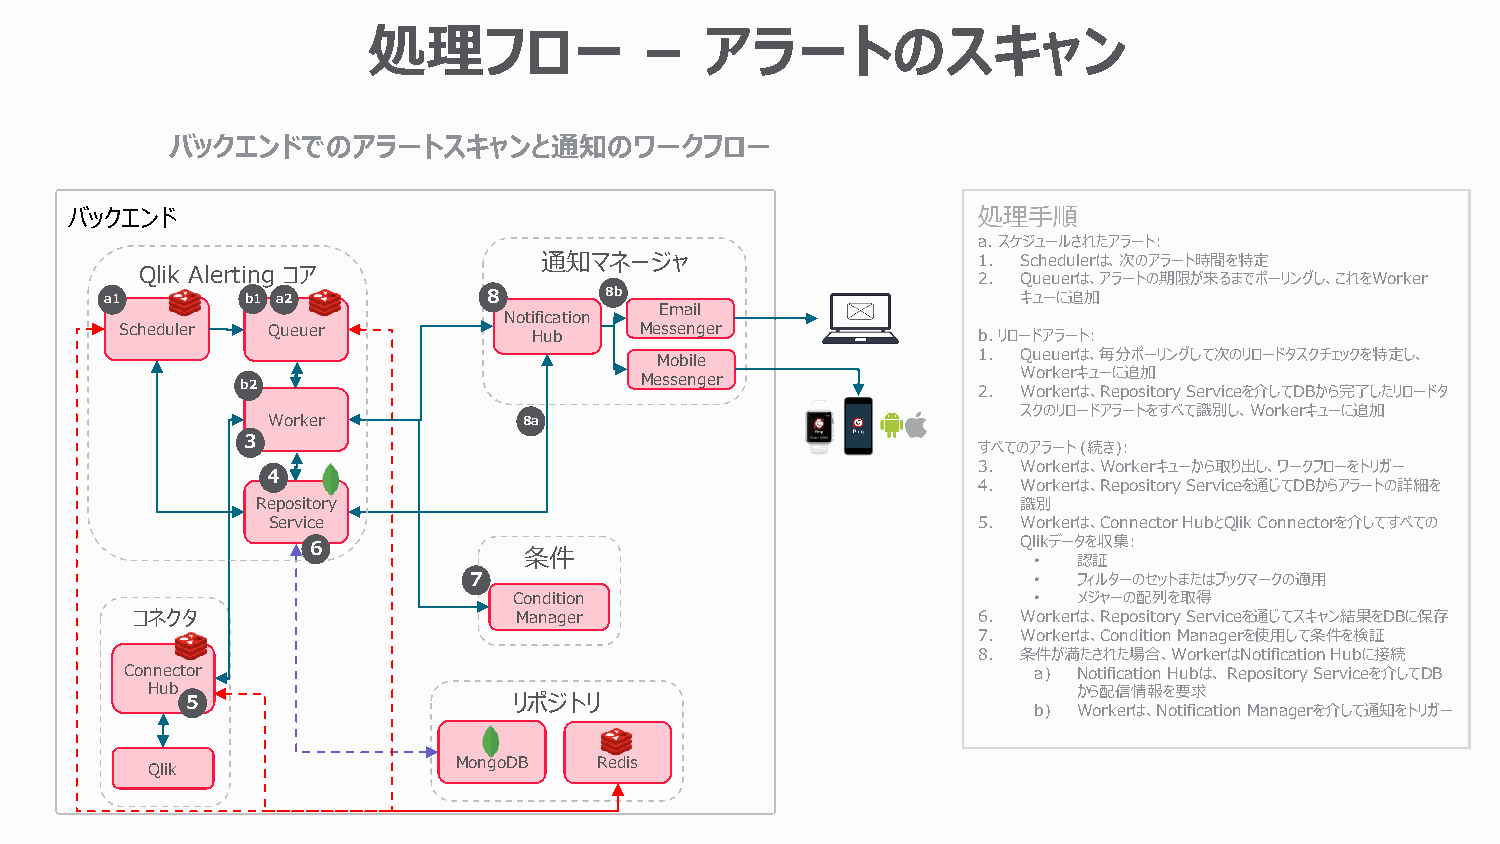
処理フロー              –   アラートのスキャン
 バックエンドでのアラートスキャンと通知のワークフロー
 バックエンド                                                      処理手順
 a. スケジュールされたアラート:
 通知マネージャ                      1. Schedulerは、次のアラート時間を特定
 Qlik Alerting コア
 2. Queuerは、アラートの期限が来るまでポーリングし、これをWorker
 a1       b1 a2           8       8b                          キューに追加
 Email
 Notification
 Scheduler Queuer           Hub    Messenger              b. リロードアラート:
 1. Queuerは、毎分ポーリングして次のリロードタスクチェックを特定し、
 Mobile
 Workerキューに追加
 Messenger
 b2                                               2. Workerは、Repository Serviceを介してDBから完了したリロードタ
 スクのリロードアラートをすべて識別し、Workerキューに追加
 Worker           8a
 3
 すべてのアラート(続き):
 3. Workerは、Workerキューから取り出し、ワークフローをトリガー
 4
 4. Workerは、Repository Serviceを通じてDBからアラートの詳細を
 Repository                                         識別
 Service                                        5. Workerは、Connector HubとQlik Connectorを介してすべての
 6                                              Qlikデータを収集:
 条件
 •  認証
 7                                    •  フィルターのセットまたはブックマークの適用
 Condition                         •  メジャーの配列を取得
 コネクタ                     Manager                        6. Workerは、Repository Serviceを通じてスキャン結果をDBに保存
 7. Workerは、Condition Managerを使用して条件を検証
 8. 条件が満たされた場合、WorkerはNotification Hubに接続
 Connector                                                   a) Notification Hubは、Repository Serviceを介してDB
 Hub                                                          から配信情報を要求
 5                     リポジトリ
 b) Workerは、Notification Managerを介して通知をトリガー
 MongoDB   Redis
 Qlik